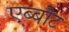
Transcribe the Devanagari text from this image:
एब्बोट